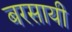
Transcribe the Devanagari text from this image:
बरसायी